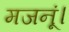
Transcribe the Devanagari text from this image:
मजनूं।